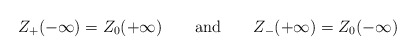
\begin{align*}Z_{+}(-\infty )=Z_{0}(+\infty )\qquad \textrm{and}\qquad Z_{-}(+\infty )=Z_{0}(-\infty )\end{align*}